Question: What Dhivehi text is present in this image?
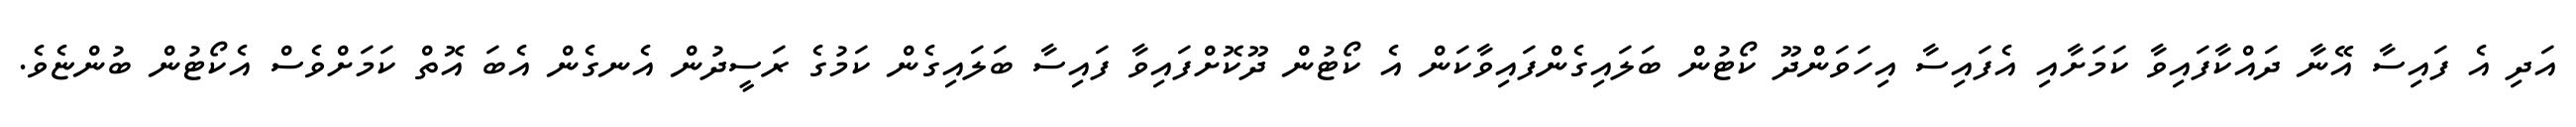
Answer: އަދި އެ ފައިސާ އޭނާ ދައްކާފައިވާ ކަމަށާއި އެފައިސާ އިހަވަންދޫ ކޯޓުން ބަލައިގެންފައިވާކަން އެ ކޯޓުން ދޫކޮށްފައިވާ ފައިސާ ބަލައިގެން ކަމުގެ ރަސީދުން އެނގެން އެބަ އޮތް ކަމަށްވެސް އެކޯޓުން ބުންޏެވެ.